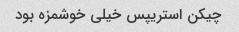
چیکن استریپس خیلی خوشمزه بود